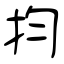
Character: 抣